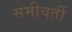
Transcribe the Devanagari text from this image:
समीवर्ती